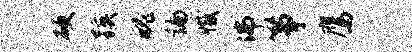
硬蹊魄编撼沸筝鹰